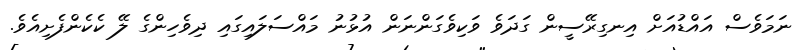
ނަމަވެސް އައްޑުއަށް އިނގިރޭސީން ގަދަވެ ވަކިވެގަންނަން އުޅުނު މައްސަލައިގައި ދިވެހިންގެ ލޭ ކެކެންފެށިއެވެ.